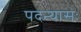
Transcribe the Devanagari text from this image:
पदन्यासः